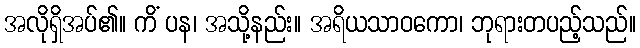
အလိုရှိအပ်၏။ ကိံ ပန၊ အသို့နည်း။ အရိယသာဝကော၊ ဘုရားတပည့်သည်။